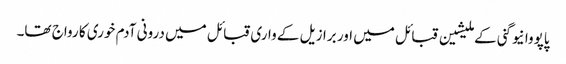
پاپووا نیو گنی کے ملیشین قبائل میں اور برازیل کے واری قبائل میں درونی آدم خوری کا رواج تھا۔